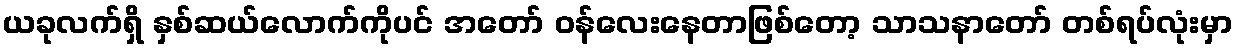
ယခုလက်ရှိ နှစ်ဆယ်လောက်ကိုပင် အတော် ဝန်လေးနေတာဖြစ်တော့ သာသနာတော် တစ်ရပ်လုံးမှာ